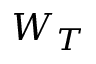
W _ { T }